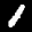
Label: 1